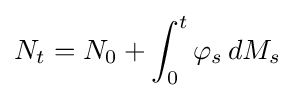
N_{t}=N_{0}+\int _{0}^{t}\varphi _{s}\,dM_{s}